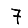
Digit: 7